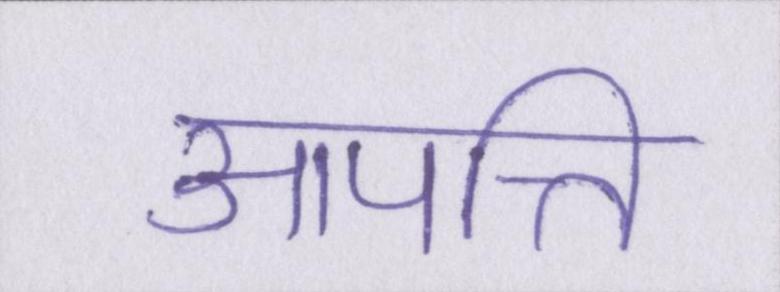
आपत्ति